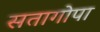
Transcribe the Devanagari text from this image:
सतागोपा